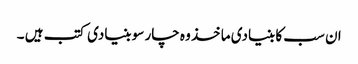
ان سب کا بنیادی ماخذ وہ چار سو بنیادی کتب ہیں ۔